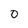
Character: o